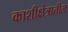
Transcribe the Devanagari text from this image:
काशीक्षेत्रातील